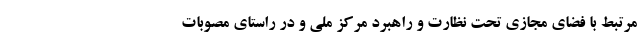
مرتبط با فضای مجازی تحت نظارت و راهبرد مرکز ملی و در راستای مصوبات